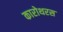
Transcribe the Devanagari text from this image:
कारोथरस